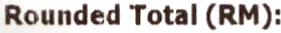
ROUNDED TOTAL (RM):